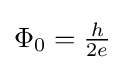
\textstyle \Phi _{0}={\frac {h}{2e}}